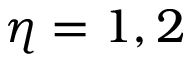
\eta = 1 , 2